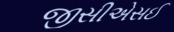
જીસીએસઈ